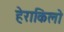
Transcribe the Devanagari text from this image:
हेराकिलो